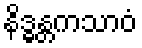
နိဒ္ဓန္တကသာဝံ